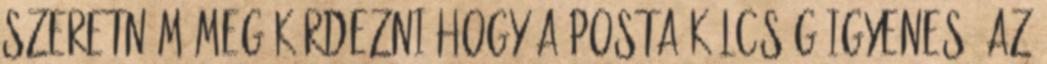
szeretném meg kérdezni hogy a posta kölcség igyenes? Az